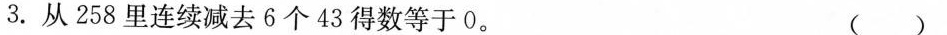
3. 从258里连续减去6个43得数等于0。 ()